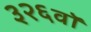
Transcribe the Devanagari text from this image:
३२६वॉ